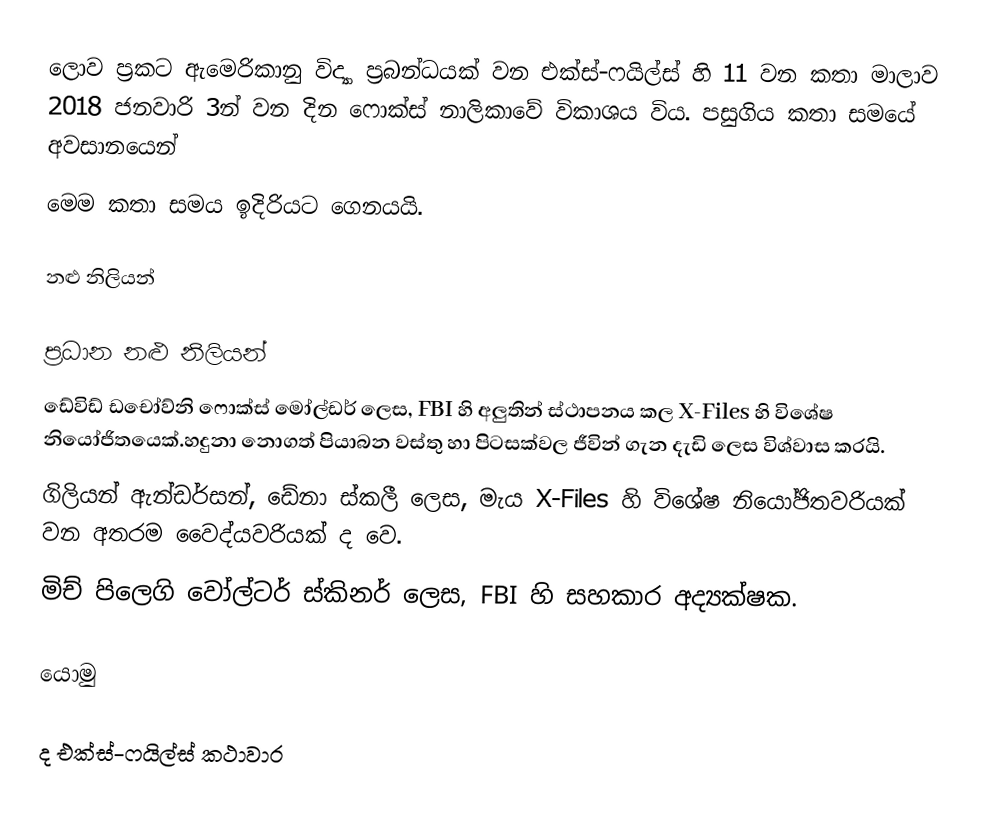
ලොව ප්‍රකට ඇමෙරිකානු විද්‍යා ප්‍රබන්ධයක් වන එක්ස්-ෆයිල්ස් හි 11 වන කතා මාලාව 2018 ජනවාරි 3න් වන දින ෆොක්ස් නාලිකාවේ විකාශය විය. පසුගිය කතා සමයේ අවසානයෙන්  
මෙම කතා සමය ඉදිරියට ගෙනයයි.

නළු නිලියන්

ප්‍රධාන නළු නිලියන්
 ඩේවිඩ් ඩචෝව්නි ෆොක්ස් මෝල්ඩර් ලෙස, FBI හි අලුතින් ස්ථාපනය කල X-Files හි  විශේෂ නියෝජිතයෙක්.හදුනා නොගත් පියාබන වස්තු හා පිටසක්වල ජීවින් ගැන දැඩි ලෙස විශ්වාස කරයි.
 ගිලියන් ඇන්ඩර්සන්, ඩේනා ස්කලී ලෙස, මැය X-Files හි විශේෂ නියෝජිතවරියක් වන අතරම වෛද්යවරියක් ද වෙ.
 මිච් පිලෙගි  වෝල්ටර් ස්කිනර් ලෙස, FBI හි සහකාර අද්‍යක්ෂක.

යොමු

ද එක්ස්-ෆයිල්ස් කථාවාර